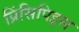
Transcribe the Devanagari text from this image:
प्रिंसिपिइस